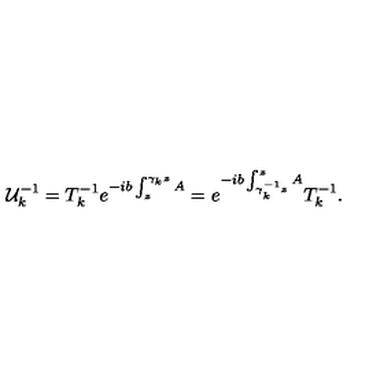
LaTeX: { \cal U } _ { k } ^ { - 1 } = T _ { k } ^ { - 1 } e ^ { - i b \int _ { z } ^ { \gamma _ { k } z } A } = e ^ { - i b \int _ { \gamma _ { k } ^ { - 1 } z } ^ { z } A } T _ { k } ^ { - 1 } .